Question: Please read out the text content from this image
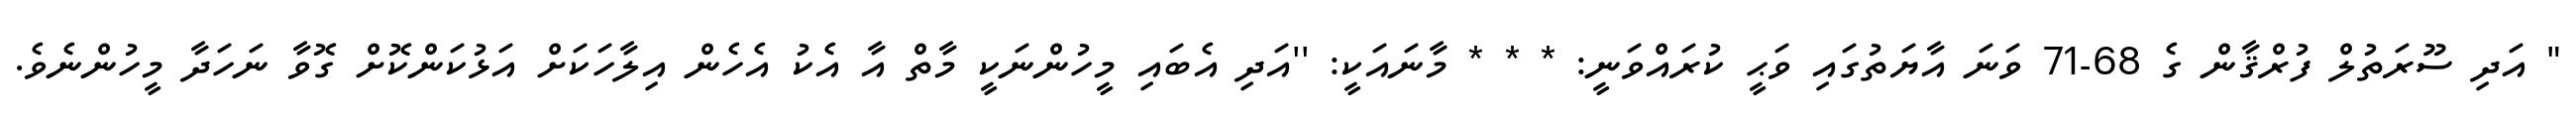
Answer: " އަދި ސޫރަތުލް ފުރްޤާން ގެ 68-71 ވަނަ އާޔަތުގައި ވަޙީ ކުރައްވަނީ: * * * މާނައަކީ: ''އަދި އެބައި މީހުންނަކީ މާތް އާ އެކު އެހެން އިލާހަކަށް އަޅުކަންކޮށް ގޮވާ ނަހަދާ މީހުންނެވެ.